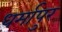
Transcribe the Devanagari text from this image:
धर्मापुर